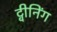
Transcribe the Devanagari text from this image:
ट्वीनिंग